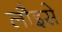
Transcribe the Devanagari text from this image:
लौइसे